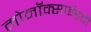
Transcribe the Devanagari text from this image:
मोनॉक्साईडची